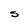
Character: S